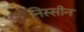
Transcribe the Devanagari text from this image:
निस्सीन